Report on malaria in the Punjab during the year ...  together with an account of the work of the Punjab Malaria Bureau - Volume 4
Disease focus: Malaria
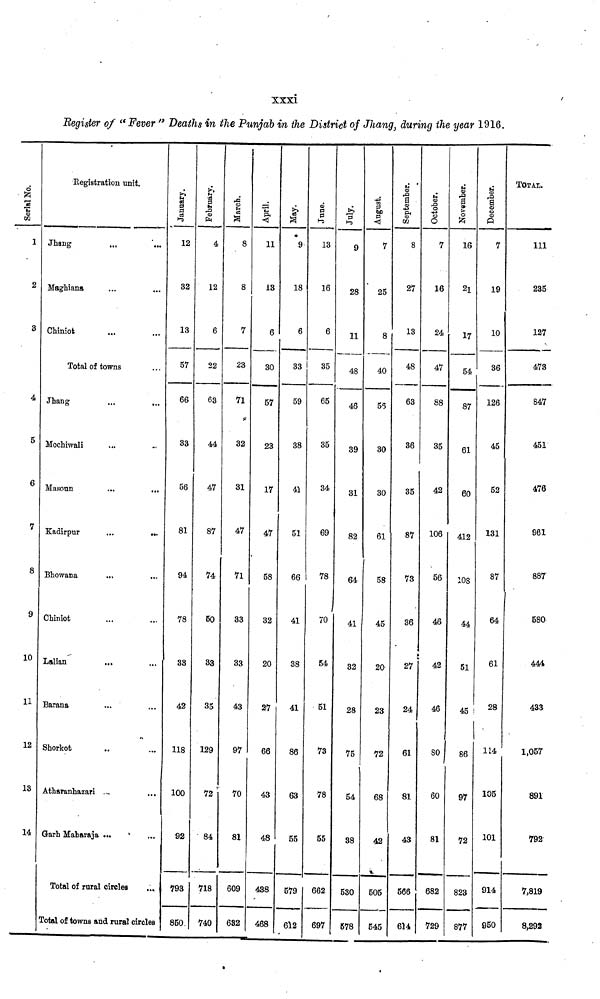
Register of "Fever " Deaths in the Punjab in the District of Jhang, during the year 1916.
Serial No.
1
3
4
5
6
7
8
g
10
1l
12
13
14
Kegistration unit.
Jhang
,,,
...
Maghiana
Chiniot
Total of towns
Jhang
...
Mochiwali
Masoun
...
Kadirpnr
...
...
Bhowana
Chiniot
Lalian
Barana
Shorkot
Atharanhazari ...
Garh Maharaja ...
Total of rural circles
Total of towns and rural circles
January.
12
32
13
57
66
33
56
81
94
78
33
42
118
100
92
793
850.
February.
4
12
6
22
63
44
47
87
74
50
33
35
129
72
" 84
718
740
March.
8
8
7
23
71
32
31
47
71
33
33
43
97
70
81
609
632
April.
11
13
6
30
57
23
17
47
58
32
20
27
66
43
48
438
468
May.
9
18
6
33
59
38
41
51
66
41
38
41
86
63
55
579
612
June.
13
16
6
35
65
35
34
69
78
70
54
51
73
78
55
662
697
9
28
11
48
46
39
31
82
64
41
32
28
75
54
38
530
578
7
25
8
40
55
30
30
61
58
45
20
23
72
68
42
.
505
545
September.
8
27
13
48
63
36
35
87
73
36
27
24
61
81
43
566
614
October.
7
16
24
47
88
35
42
106
56
46
42
46
80
60
81
682
729
November.
16
21
17
54
87
61
60
412
108
44
51
45
86
97
72
823
877
December.
7
19
10
36
126
45
52
131
87
64
61
28
114
105
101
914
950
TOTAL.
1ll
235
127
473
847
451
476
961
887
580
444
433
1,057
891
792
7,819
8,292